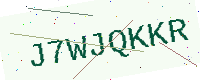
Text: J7WJQKKR